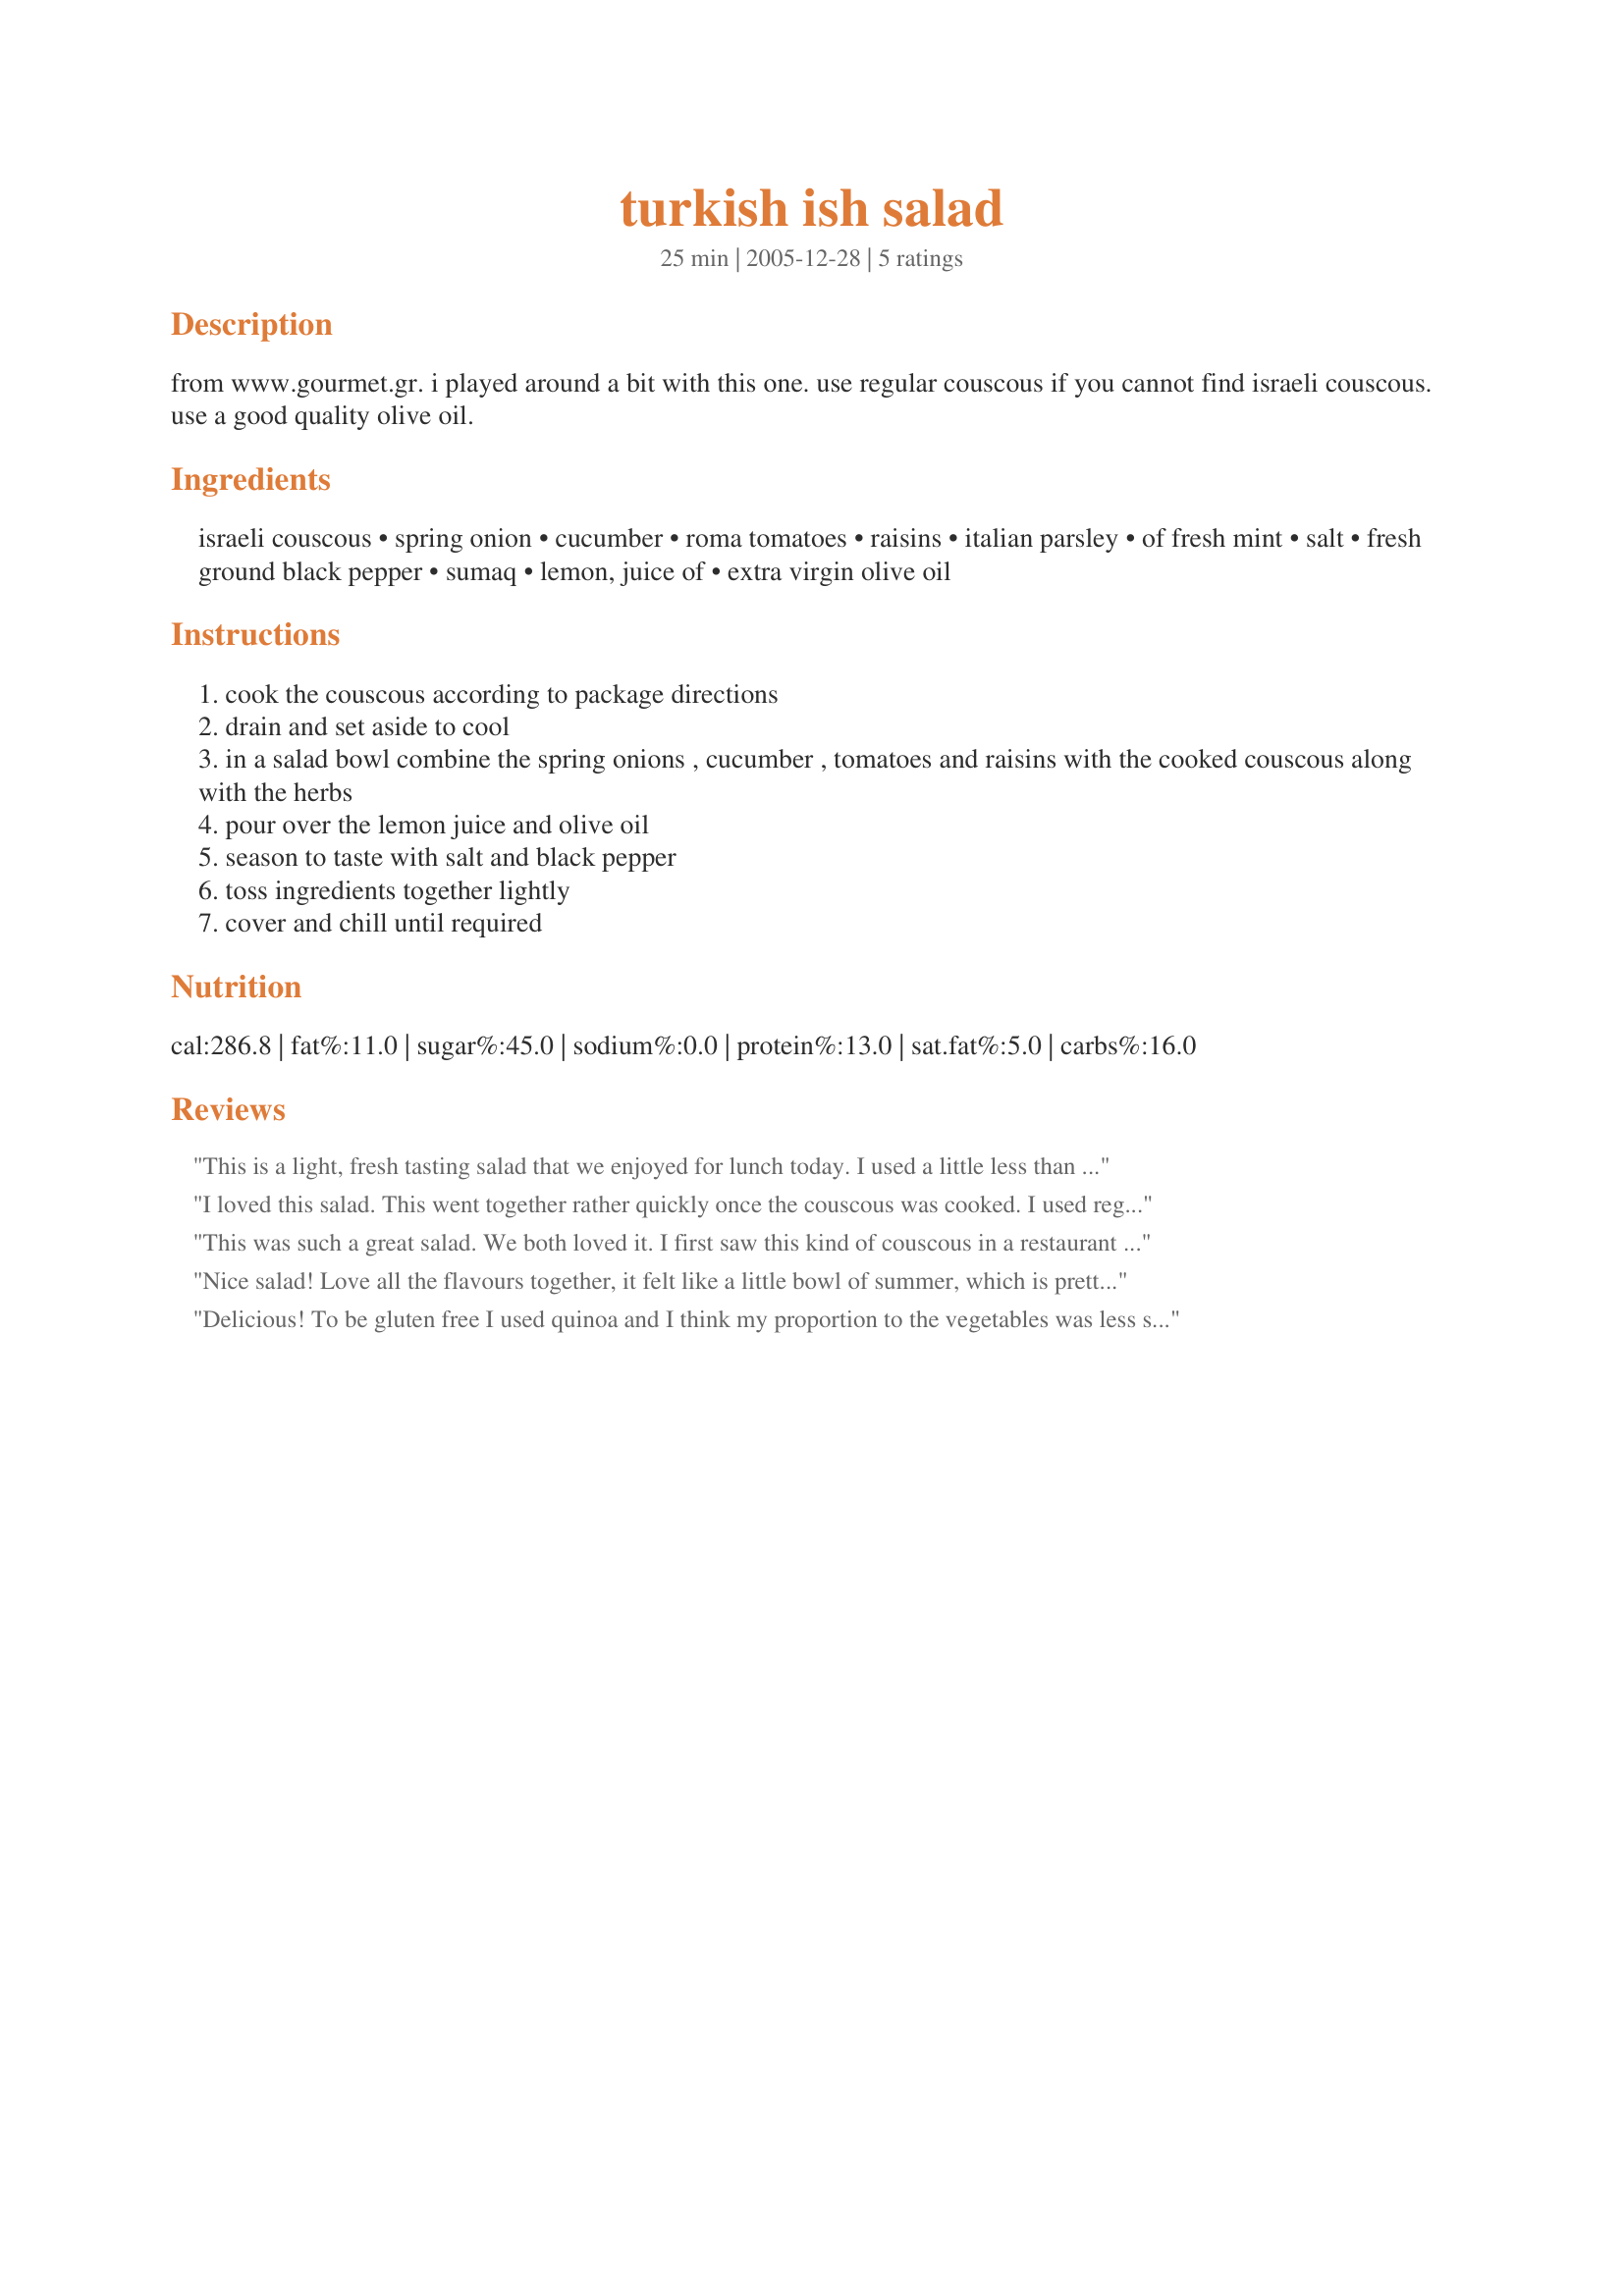
turkish ish salad
Preparation time: 25 minutes

from www.gourmet.gr. i played around a bit with this one.
use regular couscous if you cannot find israeli couscous. use a good quality olive oil.

Ingredients:
israeli couscous, spring onion, cucumber, roma tomatoes, raisins, italian parsley, of fresh mint, salt, fresh ground black pepper, sumaq, lemon, juice of, extra virgin olive oil

Steps:
cook the couscous according to package directions
drain and set aside to cool
in a salad bowl combine the spring onions , cucumber , tomatoes and raisins with the cooked couscous along with the herbs
pour over the lemon juice and olive oil
season to taste with salt and black pepper
toss ingredients together lightly
cover and chill until required

Reviews:
This is a light, fresh tasting salad that we enjoyed for lunch today. I used a little less than half of an English cuke (could not find Persian) and a mixture of Roma and cherry tomatoes (what I had on hand). We omitted the raisins per personal preference. This was a taste of summer in March. Thanks! Made for March 2013 NA/ME tag.
I loved this salad.
This went together rather quickly once the couscous was cooked. I used regular ol' cucumbers, scrubbed and stripe-peeled the skins, cut out the seeds and cubed the flesh . I used currants instead of the raisins because I like them. I dry my own sumac in the fall, so I used that. It has a nice strong flavor, so I cut the quantity of lemon juice back some, and as an afterthought, added in a bit of za'atar blend. The mint is up early this year, so I was able to pick it out of the yard. This salad kept really well, I was just as happy with the flavor of it the following day - not that there was much of it left. Thank you so much for sharing this recipe Cookgirl! made for spring 2010 PAC.
This was such a great salad. We both loved it. I first saw this kind of couscous in a restaurant and didn't know what it was so I asked the Chef. I searched everywhere and couldn't find it. But finally I found it and was so excited. In this salad I just used regular cucumbers because the English cucumbers were like 3.00 and I wasn't paying that and those are the only 2 cucumbers you get here. For the tomatoes I used Campari tomatoes, they have so much flavor. Tomatoes are just tastless here but those Campari ones are so good and bursting with flavor. Very quick to put this salad together. Couscous really didn't take that long to cook. Got it all ready in the morning and kept in fridge till lunch time. Such a yummy flavor and very colorful. Will be making this one again many times. Thanks for sharing this recipe Cookgirl... We loved it.
Nice salad! Love all the flavours together, it felt like a little bowl of summer, which is pretty nice in February. I didn't have sumaq, read somewhere that lemon rind and a little more salt is a good sub, which is what I did. I also had to use dried mint - otherwise, as is. The only thing I would do differently next time is not follow the package directions on the couscous so closely - it called for sauteeing the couscous in oil before adding boiling water - which was fine, but the amount of oil was too much...especially when you're adding a salad dressing to it later on. Anyway, Yum!! made for Veg*n Swap Feb10.
Delicious! To be gluten free I used quinoa and I think my proportion to the vegetables was less so it was even more salad like. I used baby cucumbers, Sun-maid Thompson raisins, sea salt, to taste, freshly squeezed lemon juice, unrefined extra virgin olive oil, plus the rest. I would make this again the same way! Made for NA*ME Tag! Come play!!
